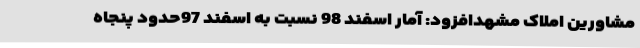
مشاورین املاک مشهدافزود: آمار اسفند 98 نسبت به اسفند 97حدود پنجاه